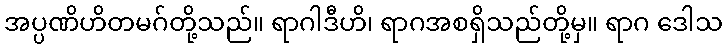
အပ္ပဏိဟိတမဂ်တို့သည်။ ရာဂါဒီဟိ၊ ရာဂအစရှိသည်တို့မှ။ ရာဂ ဒေါသ